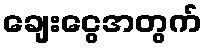
ချေးငွေအတွက်